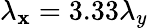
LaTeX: \lambda_{\mathbf{x}}=3.33\lambda_{y}